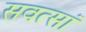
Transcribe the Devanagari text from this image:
सवत्सां